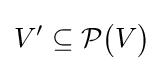
V'\subseteq {\mathcal {P}}{\bigl (}V{\bigr )}